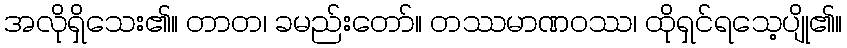
အလိုရှိသေး၏။ တာတ၊ ခမည်းတော်။ တဿမာဏဝဿ၊ ထိုရှင်ရသေ့ပျို၏။